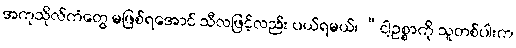
အကုသိုလ်ကံတွေ မဖြစ်ရအောင် သီလဖြင့်လည်း ပယ်ရမယ်၊ “ငါ့ဥစ္စာကို သူတစ်ပါးက